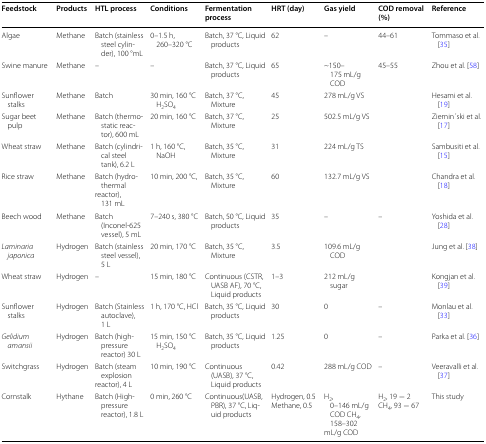
<table><thead><tr><td><b>Feedstock</b></td><td><b>Products</b></td><td><b>HTL process</b></td><td><b>Conditions</b></td><td><b>Fermentation process</b></td><td><b>HRT (day)</b></td><td><b>Gas yield</b></td><td><b>COD removal (%)</b></td><td><b>Reference</b></td></tr></thead><tbody><tr><td>Algae</td><td>Methane</td><td>Batch (stainless steel cylinder), 100 °mL</td><td>0–1.5 h, 260–320 °C</td><td>Batch, 37 °C, Liquid products</td><td>62</td><td>–</td><td>44–61</td><td>Tommaso et al. [35]</td></tr><tr><td>Swine manure</td><td>Methane</td><td>–</td><td>–</td><td>Batch, 37 °C, Liquid products</td><td>65</td><td>~150–175 mL/g COD</td><td>45–55</td><td>Zhou et al. [58]</td></tr><tr><td>Sunflower stalks</td><td>Methane</td><td>Batch</td><td>30 min, 160 °C H<sub>2</sub>SO<sub>4</sub></td><td>Batch, 37 °C, Mixture</td><td>45</td><td>278 mL/g VS</td><td></td><td>Hesami et al. [19]</td></tr><tr><td>Sugar beet pulp</td><td>Methane</td><td>Batch (thermostatic reactor), 600 mL</td><td>20 min, 160 °C</td><td>Batch, 37 °C, Mixture</td><td>25</td><td>502.5 mL/g VS</td><td></td><td>Ziemin ́ski et al. [17]</td></tr><tr><td>Wheat straw</td><td>Methane</td><td>Batch (cylindrical steel tank), 6.2 L</td><td>1 h, 160 °C, NaOH</td><td>Batch, 35 °C, Mixture</td><td>31</td><td>224 mL/g TS</td><td></td><td>Sambusiti et al. [15]</td></tr><tr><td>Rice straw</td><td>Methane</td><td>Batch (hydrothermalreactor), 131 mL</td><td>10 min, 200 °C,</td><td>Batch, 35 °C, Mixture</td><td>60</td><td>132.7 mL/g VS</td><td></td><td>Chandra et al. [18]</td></tr><tr><td>Beech wood</td><td>Methane</td><td>Batch (Inconel-625 vessel), 5 mL</td><td>7–240 s, 380 °C</td><td>Batch, 50 °C, Liquid products</td><td>35</td><td>–</td><td>–</td><td>Yoshida et al. [28]</td></tr><tr><td><i>Laminaria japonica</i></td><td>Hydrogen</td><td>Batch (stainless steel vessel), 5 L</td><td>20 min, 170 °C</td><td>Batch, 35 °C, Mixture</td><td>3.5</td><td>109.6 mL/g COD</td><td></td><td>Jung et al. [38]</td></tr><tr><td>Wheat straw</td><td>Hydrogen</td><td>–</td><td>15 min, 180 °C</td><td>Continuous (CSTR, UASB AF), 70 °C, Liquid products</td><td>1–3</td><td>212 mL/g sugar</td><td></td><td>Kongjan et al. [39]</td></tr><tr><td>Sunflower stalks</td><td>Hydrogen</td><td>Batch (Stainless autoclave), 1 L</td><td>1 h, 170 °C, HCl</td><td>Batch, 35 °C, Liquid products</td><td>30</td><td>0</td><td>–</td><td>Monlau et al. [33]</td></tr><tr><td><i>Gelidium amansii</i></td><td>Hydrogen</td><td>Batch (high-pressure reactor) 30 L</td><td>15 min, 150 °C H<sub>2</sub>SO<sub>4</sub></td><td>Batch, 35 °C, Liquid products</td><td>1.25</td><td>0</td><td>–</td><td>Parka et al. [36]</td></tr><tr><td>Switchgrass</td><td>Hydrogen</td><td>Batch (steam explosionreactor), 4 L</td><td>10 min, 190 °C</td><td>Continuous (UASB), 37 °C, Liquid products</td><td>0.42</td><td>288 mL/g COD</td><td>–</td><td>Veeravalli et al. [37]</td></tr><tr><td>Cornstalk</td><td>Hythane</td><td>Batch (High-pressure reactor), 1.8 L</td><td>0 min, 260 °C</td><td>Continuous(UASB, PBR), 37 °C, Liquid products</td><td>Hydrogen, 0.5Methane, 0.5</td><td>H<sub>2</sub>, 0–146 mL/g COD CH<sub>4</sub>, 158–302 mL/g COD</td><td>H<sub>2</sub>, 19 − 2CH<sub>4</sub>, 93 − 67</td><td>This study</td></tr></tbody></table>